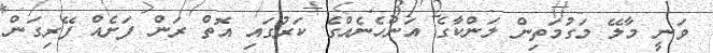
ވަނީ މާލޭ މަގުމަތިން ލަންކާގެ އަންހެނެއްގެ ކަރުގައި އޮތް ރަން ފަށެއް ފޭރިގަން